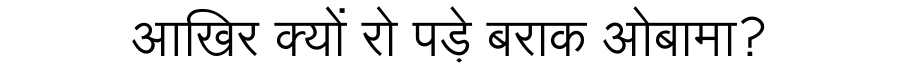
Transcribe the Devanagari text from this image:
आखिर क्यों रो पड़े बराक ओबामा?